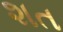
શત